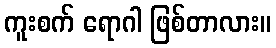
ကူးစက် ရောဂါ ဖြစ်တာလား။